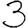
Digit: 3